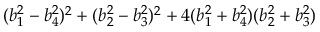
( b _ { 1 } ^ { 2 } - b _ { 4 } ^ { 2 } ) ^ { 2 } + ( b _ { 2 } ^ { 2 } - b _ { 3 } ^ { 2 } ) ^ { 2 } + 4 ( b _ { 1 } ^ { 2 } + b _ { 4 } ^ { 2 } ) ( b _ { 2 } ^ { 2 } + b _ { 3 } ^ { 2 } )